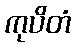
ကုပိတံ